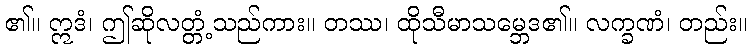
၏။ ဣဒံ၊ ဤဆိုလတ္တံ့သည်ကား။ တဿ၊ ထိုသီမာသမ္ဘေဒ၏။ လက္ခဏံ၊ တည်း။